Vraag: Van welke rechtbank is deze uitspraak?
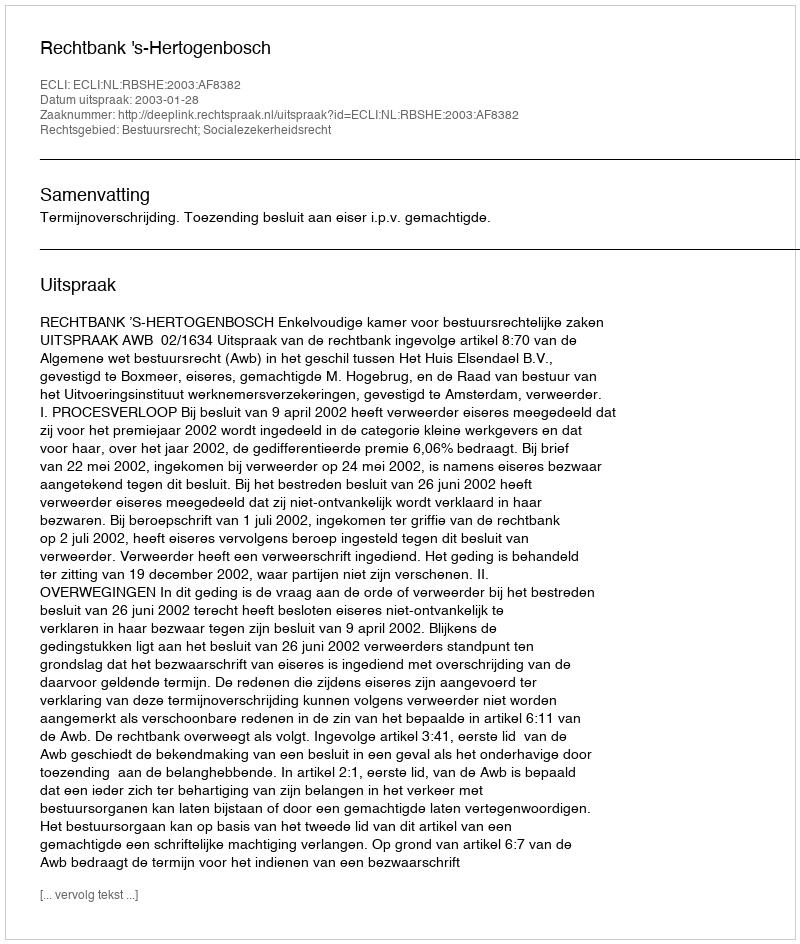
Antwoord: Rechtbank 's-Hertogenbosch